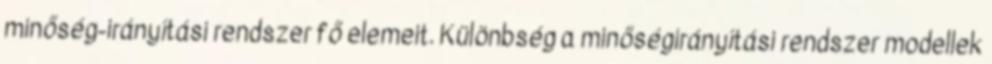
minőség-irányítási rendszer fő elemeit. Különbség a minőségirányítási rendszer modellek